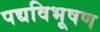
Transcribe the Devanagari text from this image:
पद्यविभूषण